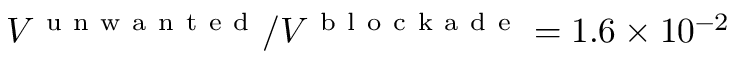
V ^ { \mathrm { ~ u ~ n ~ w ~ a ~ n ~ t ~ e ~ d ~ } } / V ^ { \mathrm { ~ b ~ l ~ o ~ c ~ k ~ a ~ d ~ e ~ } } = 1 . 6 \times 1 0 ^ { - 2 }